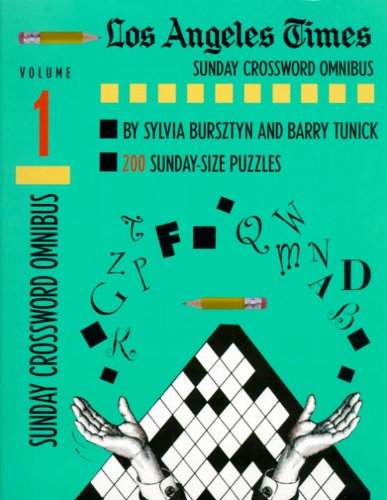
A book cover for Los Angeles Times Sunday Crossword Omnibus, Vol. 1; Sylvia Bursztyn; Humor & Entertainment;